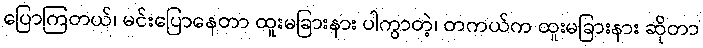
ပြောကြတယ်၊ မင်းပြောနေတာ ထူးမခြားနား ပါကွာတဲ့၊ တကယ်က ထူးမခြားနား ဆိုတာ